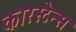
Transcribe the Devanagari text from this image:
कारस्टेन्स